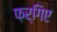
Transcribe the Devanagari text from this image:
फ़र्गिए